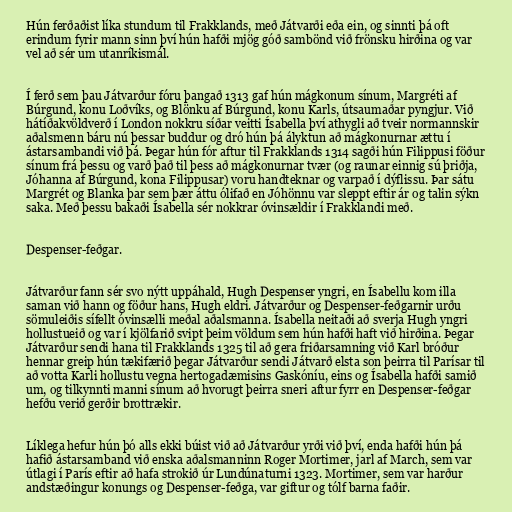
Hún ferðaðist líka stundum til Frakklands, með Játvarði eða ein, og sinnti þá oft
erindum fyrir mann sinn því hún hafði mjög góð sambönd við frönsku hirðina og var
vel að sér um utanríkismál.

Í ferð sem þau Játvarður fóru þangað 1313 gaf hún mágkonum sínum, Margréti af
Búrgund, konu Loðvíks, og Blönku af Búrgund, konu Karls, útsaumaðar pyngjur. Við
hátíðakvöldverð í London nokkru síðar veitti Ísabella því athygli að tveir normannskir
aðalsmenn báru nú þessar buddur og dró hún þá ályktun að mágkonurnar ættu í
ástarsambandi við þá. Þegar hún fór aftur til Frakklands 1314 sagði hún Filippusi föður
sínum frá þessu og varð það til þess að mágkonurnar tvær (og raunar einnig sú þriðja,
Jóhanna af Búrgund, kona Filippusar) voru handteknar og varpað í dýflissu. Þar sátu
Margrét og Blanka þar sem þær áttu ólifað en Jóhönnu var sleppt eftir ár og talin sýkn
saka. Með þessu bakaði Ísabella sér nokkrar óvinsældir í Frakklandi með.

Despenser-feðgar.

Játvarður fann sér svo nýtt uppáhald, Hugh Despenser yngri, en Ísabellu kom illa
saman við hann og föður hans, Hugh eldri. Játvarður og Despenser-feðgarnir urðu
sömuleiðis sífellt óvinsælli meðal aðalsmanna. Ísabella neitaði að sverja Hugh yngri
hollustueið og var í kjölfarið svipt þeim völdum sem hún hafði haft við hirðina. Þegar
Játvarður sendi hana til Frakklands 1325 til að gera friðarsamning við Karl bróður
hennar greip hún tækifærið þegar Játvarður sendi Játvarð elsta son þeirra til Parísar til
að votta Karli hollustu vegna hertogadæmisins Gaskóníu, eins og Ísabella hafði samið
um, og tilkynnti manni sínum að hvorugt þeirra sneri aftur fyrr en Despenser-feðgar
hefðu verið gerðir brottrækir.

Líklega hefur hún þó alls ekki búist við að Játvarður yrði við því, enda hafði hún þá
hafið ástarsamband við enska aðalsmanninn Roger Mortimer, jarl af March, sem var
útlagi í París eftir að hafa strokið úr Lundúnaturni 1323. Mortimer, sem var harður
andstæðingur konungs og Despenser-feðga, var giftur og tólf barna faðir.